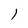
Character: I